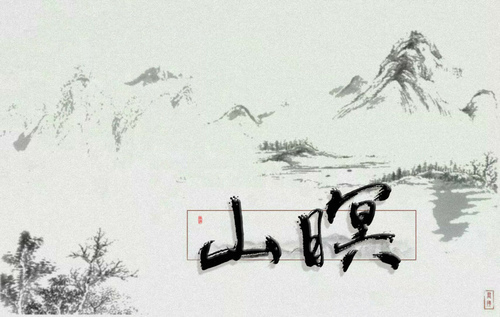
山暝闻猿愁，沧江急夜流。